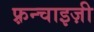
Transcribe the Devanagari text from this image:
फ़्रन्चाइज़ी